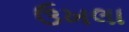
ઉખલા